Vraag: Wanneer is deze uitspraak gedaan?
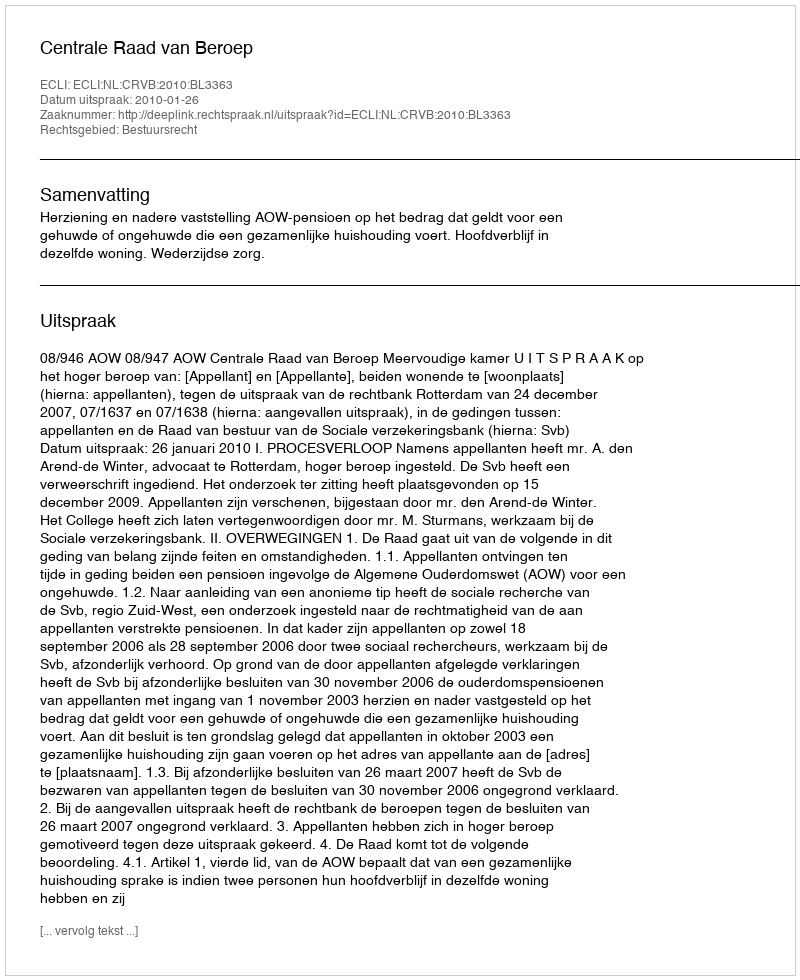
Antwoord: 2010-01-26